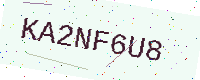
Text: KA2NF6U8